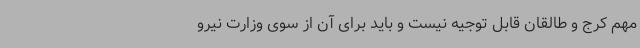
مهم کرج و طالقان قابل توجیه نیست و باید برای آن از سوی وزارت نیرو